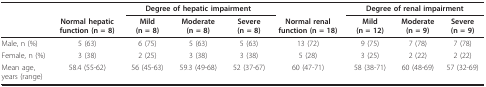
|  |  | <COLSPAN=3> Degree of hepatic impairment |  | <COLSPAN=3> Degree of renal impairment |
 |  | Normal hepatic function (n = 8) | Mild (n = 8) | Moderate (n = 8) | Severe (n = 8) | Normal renal function (n = 18) | Mild (n = 12) | Moderate (n = 9) | Severe (n = 9) |
 | --- | --- | --- | --- | --- | --- | --- | --- | --- |
 | Male, n (%) | 5 (63) | 6 (75) | 5 (63) | 5 (63) | 13 (72) | 9 (75) | 7 (78) | 7 (78) |
 | Female, n (%) | 3 (38) | 2 (25) | 3 (38) | 3 (38) | 5 (28) | 3 (25) | 2 (22) | 2 (22) |
 | Mean age, years (range) | 58.4 (55-62) | 56 (45-63) | 59.3 (49-68) | 52 (37-67) | 60 (47-71) | 58 (38-71) | 60 (48-69) | 57 (32-69) |